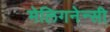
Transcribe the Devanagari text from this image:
मेलिगनेन्सी